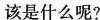
该是什么呢?